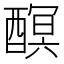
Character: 𨢎